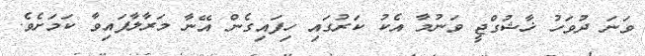
ވަނަ ދުވަހު ޚާޝުގްޖީ ވަނުމާ އެކު ކަރުގައި ހިފައިގެން އޭނާ މަރާލާފައިވާ ކަމަށެވެ.